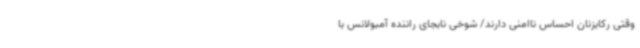
وقتی رکابزنان احساس ناامنی دارند/ شوخی نابجای راننده آمبولانس با